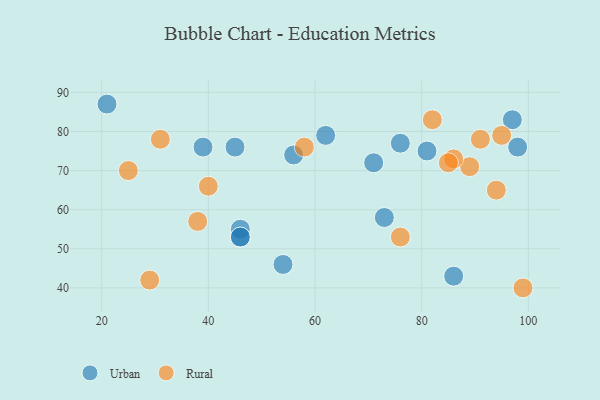
{"axis": {"x": "GDP", "y": "Life Expectancy"}, "legend": ["Rural", "Urban"], "data": [{"x": "45", "y": 76, "type": "Urban"}, {"x": "21", "y": 87, "type": "Urban"}, {"x": "98", "y": 76, "type": "Urban"}, {"x": "97", "y": 83, "type": "Urban"}, {"x": "56", "y": 74, "type": "Urban"}, {"x": "86", "y": 43, "type": "Urban"}, {"x": "62", "y": 79, "type": "Urban"}, {"x": "73", "y": 58, "type": "Urban"}, {"x": "39", "y": 76, "type": "Urban"}, {"x": "46", "y": 55, "type": "Urban"}, {"x": "76", "y": 77, "type": "Urban"}, {"x": "46", "y": 53, "type": "Urban"}, {"x": "46", "y": 53, "type": "Urban"}, {"x": "54", "y": 46, "type": "Urban"}, {"x": "71", "y": 72, "type": "Urban"}, {"x": "81", "y": 75, "type": "Urban"}, {"x": "29", "y": 42, "type": "Rural"}, {"x": "89", "y": 71, "type": "Rural"}, {"x": "95", "y": 79, "type": "Rural"}, {"x": "76", "y": 53, "type": "Rural"}, {"x": "86", "y": 73, "type": "Rural"}, {"x": "94", "y": 65, "type": "Rural"}, {"x": "99", "y": 40, "type": "Rural"}, {"x": "25", "y": 70, "type": "Rural"}, {"x": "38", "y": 57, "type": "Rural"}, {"x": "91", "y": 78, "type": "Rural"}, {"x": "85", "y": 72, "type": "Rural"}, {"x": "58", "y": 76, "type": "Rural"}, {"x": "40", "y": 66, "type": "Rural"}, {"x": "31", "y": 78, "type": "Rural"}, {"x": "82", "y": 83, "type": "Rural"}]}